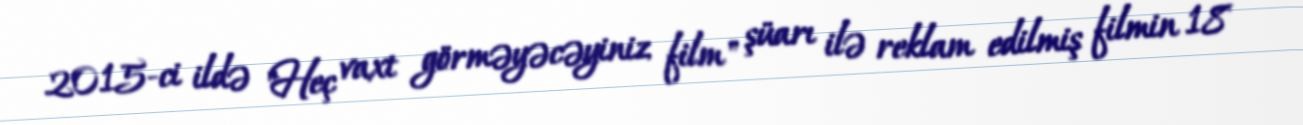
2015-ci ildə "Heç vaxt görməyəcəyiniz film" şüarı ilə reklam edilmiş filmin 18